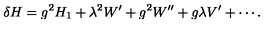
\delta H = g ^ { 2 } H _ { 1 } + \lambda ^ { 2 } W ^ { \prime } + g ^ { 2 } W ^ { \prime \prime } + g \lambda V ^ { \prime } + \cdots .